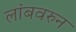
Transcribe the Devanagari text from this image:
लांबवरुन